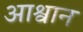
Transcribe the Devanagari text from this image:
आश्वान